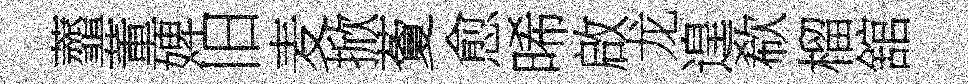
虀董婢旧麦掀藑愈晞啟龙遑欷榴舘